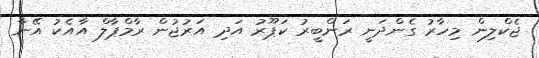
ޖެކްލިން މިހާރު ގެންދަނީ ރަންބީރު ކަޕޫރު އަދި އަރުޖުން ރާމްޕާލް އާއެކު އޭނާ